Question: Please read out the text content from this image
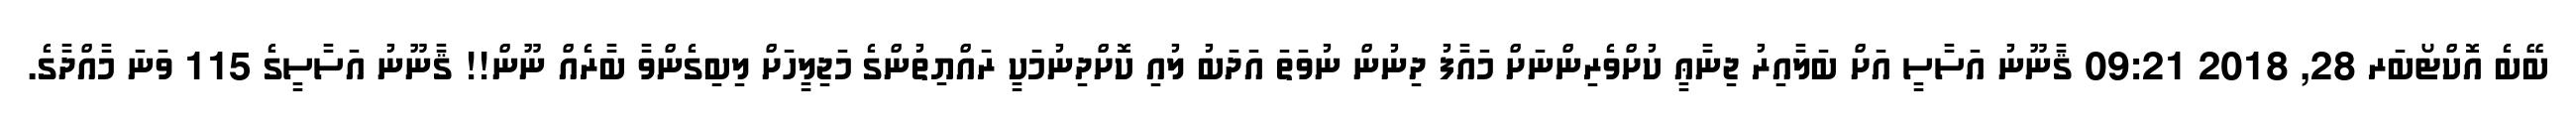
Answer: ބޭބެ އޮކްޓޯބަރ 28, 2018 09:21 ޤާނޫނު އަސާސީ އަށް ބަލާއިރު ޖިނާޢީ ކުށްވެރިންނަށް މައާފު ދިނުން ނުވަތަ އަދަބު ލުއި ކޮށްދިނުމަކީ ރައްޔިތުންގެ މަޖިލީހަށް ލިބިގެންވާ ބާރެއް ނޫން!! ޤާނޫނު އަސާސީގެ 115 ވަނަ މާއްދާގެ.